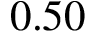
0 . 5 0